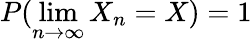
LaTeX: P(\operatorname*{lim}_{n\rightarrow\infty}X_{n}=X)=1